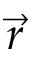
\vec { r }